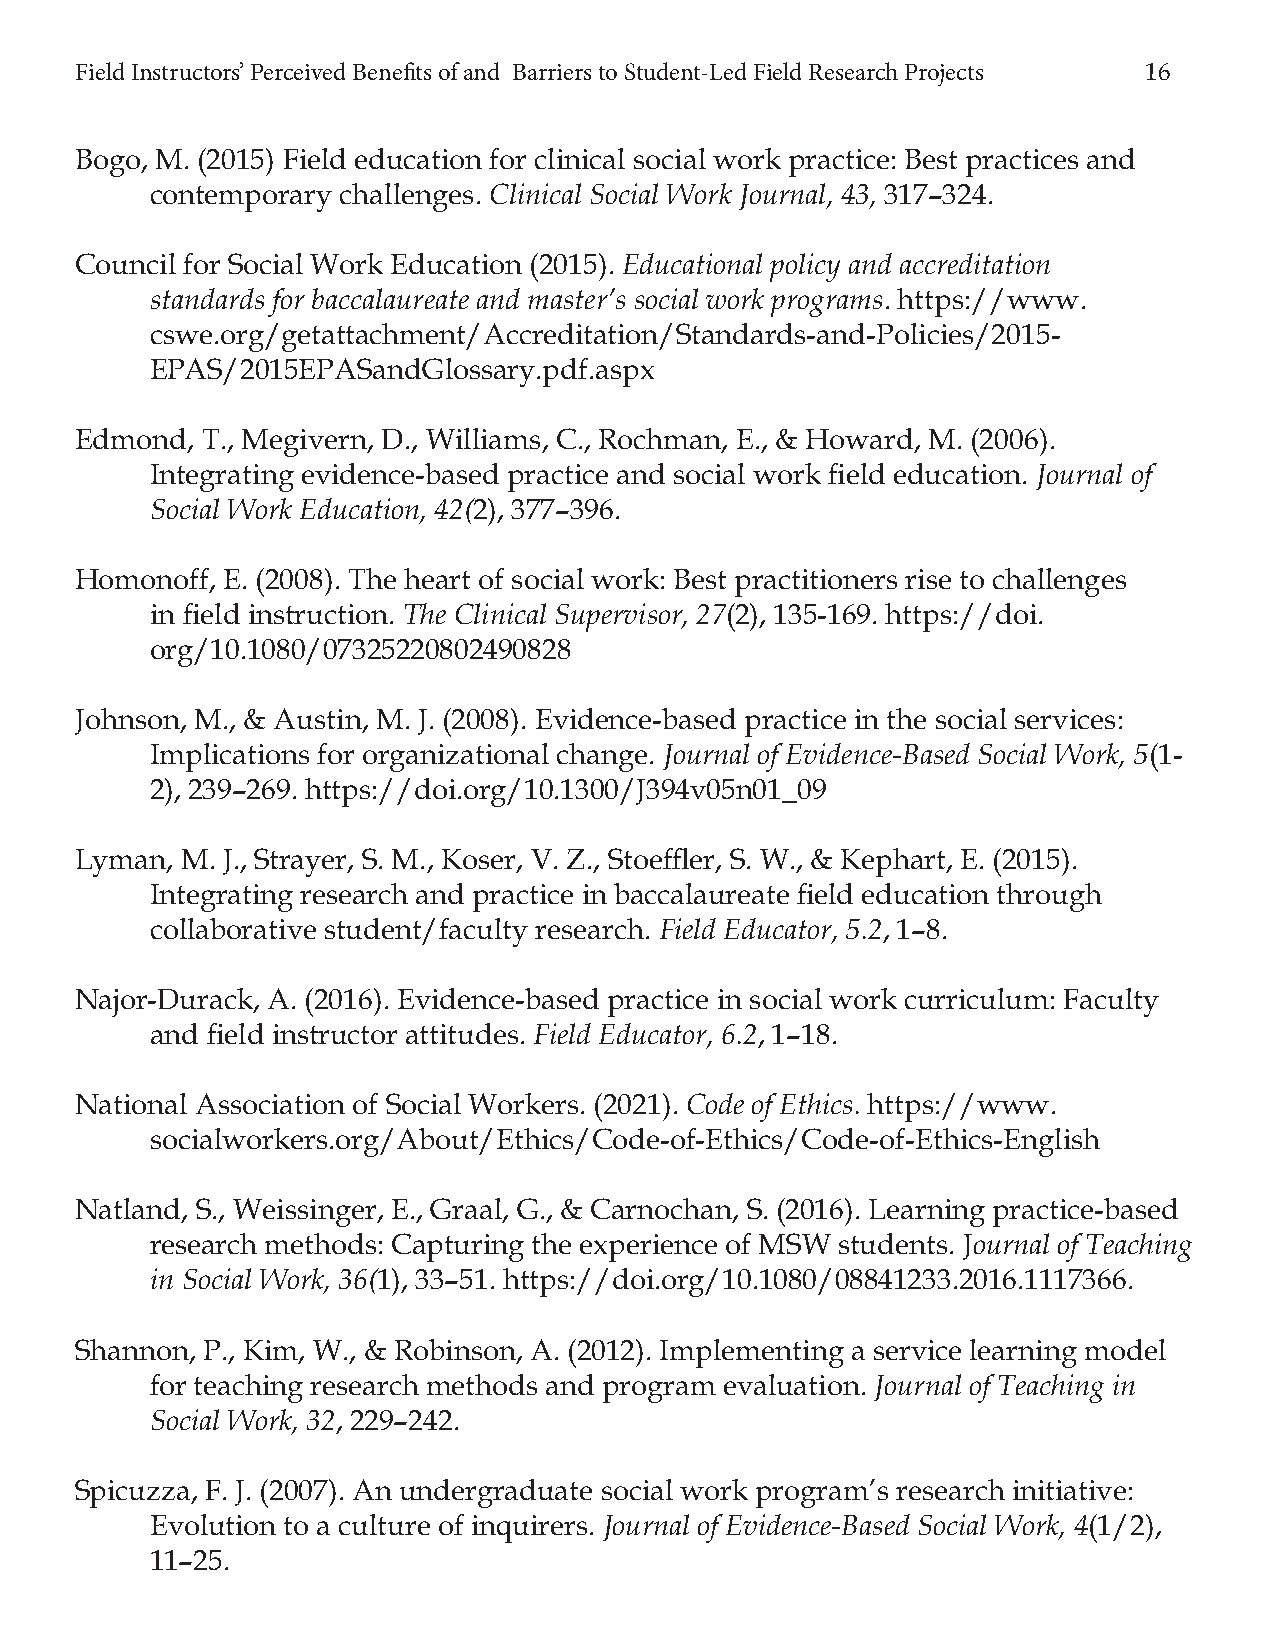
Field Instructors’ Perceived Benefi ts of and Barriers to Student-Led Field Research Projects 16
 Bogo, M. (2015) Field education for clinical social work practice: Best practices and
 contemporary challenges. Clinical Social Work Journal, 43, 317–324.
 Council for Social Work Education (2015). Educational policy and accreditation
 standards for baccalaureate and master’s social work programs. https://www.
 cswe.org/getattachment/Accreditation/Standards-and-Policies/2015-
 EPAS/2015EPASandGlossary.pdf.aspx
 Edmond, T., Megivern, D., Williams, C., Rochman, E., & Howard, M. (2006).
 Integrating evidence-based practice and social work fi eld education. Journal of
 Social Work Education, 42(2), 377–396.
 Homonoff, E. (2008). The heart of social work: Best practitioners rise to challenges
 in fi eld instruction. The Clinical Supervisor, 27(2), 135-169. https://doi.
 org/10.1080/07325220802490828
 Johnson, M., & Austin, M. J. (2008). Evidence-based practice in the social services:
 Implications for organizational change. Journal of Evidence-Based Social Work, 5(1-
 2), 239–269. https://doi.org/10.1300/J394v05n01_09
 Lyman, M. J., Strayer, S. M., Koser, V. Z., Stoeffl er, S. W., & Kephart, E. (2015).
 Integrating research and practice in baccalaureate fi eld education through
 collaborative student/faculty research. Field Educator, 5.2, 1–8.
 Najor-Durack, A. (2016). Evidence-based practice in social work curriculum: Faculty
 and fi eld instructor attitudes. Field Educator, 6.2, 1–18.
 National Association of Social Workers. (2021). Code of Ethics. https://www.
 socialworkers.org/About/Ethics/Code-of-Ethics/Code-of-Ethics-English
 Natland, S., Weissinger, E., Graal, G., & Carnochan, S. (2016). Learning practice-based
 research methods: Capturing the experience of MSW students. Journal of Teaching
 in Social Work, 36(1), 33–51. https://doi.org/10.1080/08841233.2016.1117366.
 Shannon, P., Kim, W., & Robinson, A. (2012). Implementing a service learning model
 for teaching research methods and program evaluation. Journal of Teaching in
 Social Work, 32, 229–242.
 Spicuzza, F. J. (2007). An undergraduate social work program’s research initiative:
 Evolution to a culture of inquirers. Journal of Evidence-Based Social Work, 4(1/2),
 11–25.